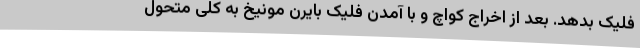
فلیک بدهد. بعد از اخراج کواچ و با آمدن فلیک بایرن مونیخ به کلی متحول